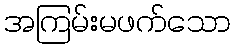
အကြမ်းမဖက်သော